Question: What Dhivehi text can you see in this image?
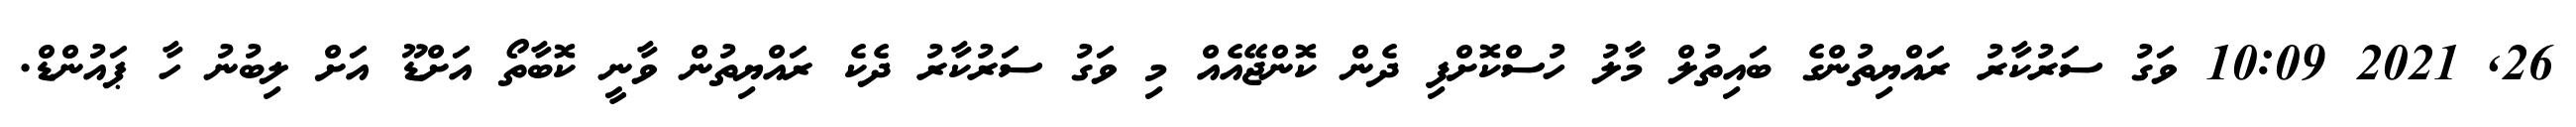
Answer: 26, 2021 10:09 ވަގު ސަރުކާރު ރައްޔިތުންގެ ބައިތުލް މާލު ހުސްކޮށްފި ދެން ކޮންޖޭއެއް މި ވަގު ސަރުކާރު ދެކެ ރައްޔިތުން ވާނީ ކޮބާތޯ އަށްޑޫ އަށް ލިބުނު ހާ ޕައުންޑް.